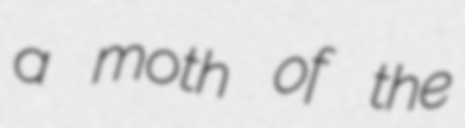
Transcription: a moth of the